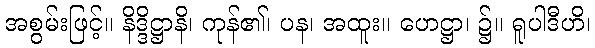
အစွမ်းဖြင့်။ နိဒ္ဒိဋ္ဌာနိ၊ ကုန်၏၊ ပန၊ အထူး။ ဟေဋ္ဌာ၊ ၌။ ရူပါဒီဟိ၊